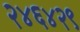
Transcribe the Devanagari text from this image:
२४६४२९